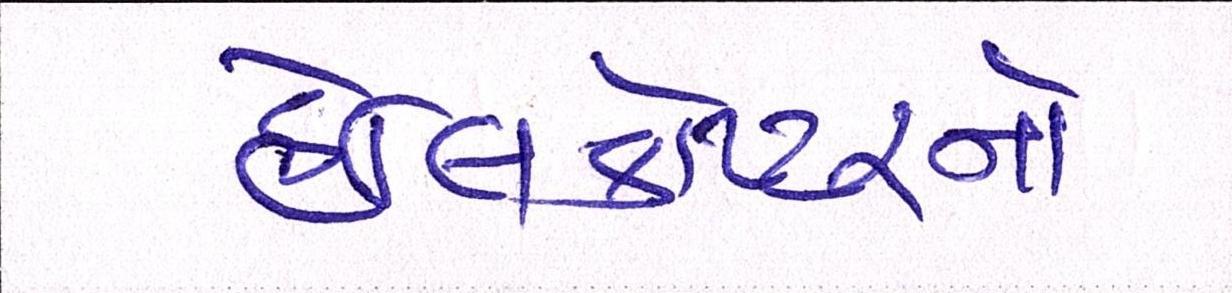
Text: હેલિકોપ્ટરનો